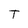
Character: T